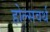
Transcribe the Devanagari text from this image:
होल्सवर्थ